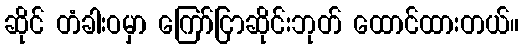
ဆိုင် တံခါးဝမှာ ကြော်ငြာဆိုင်းဘုတ် ထောင်ထားတယ်။